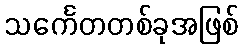
သင်္ကေတတစ်ခုအဖြစ်